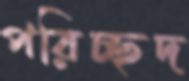
পরিচ্ছদ